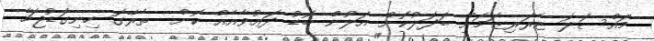
މައްސަލަ ޓެރަރިޒަމަށް ބަދަލުކޮށް އަލުން ބޮޑު ދަޢުވާއެއް ކޮށް  ތެރޭގަ ހިނިގަޑުޖަހާ